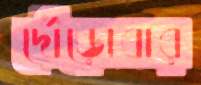
দৌড়োবার